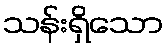
သန်းရှိသော